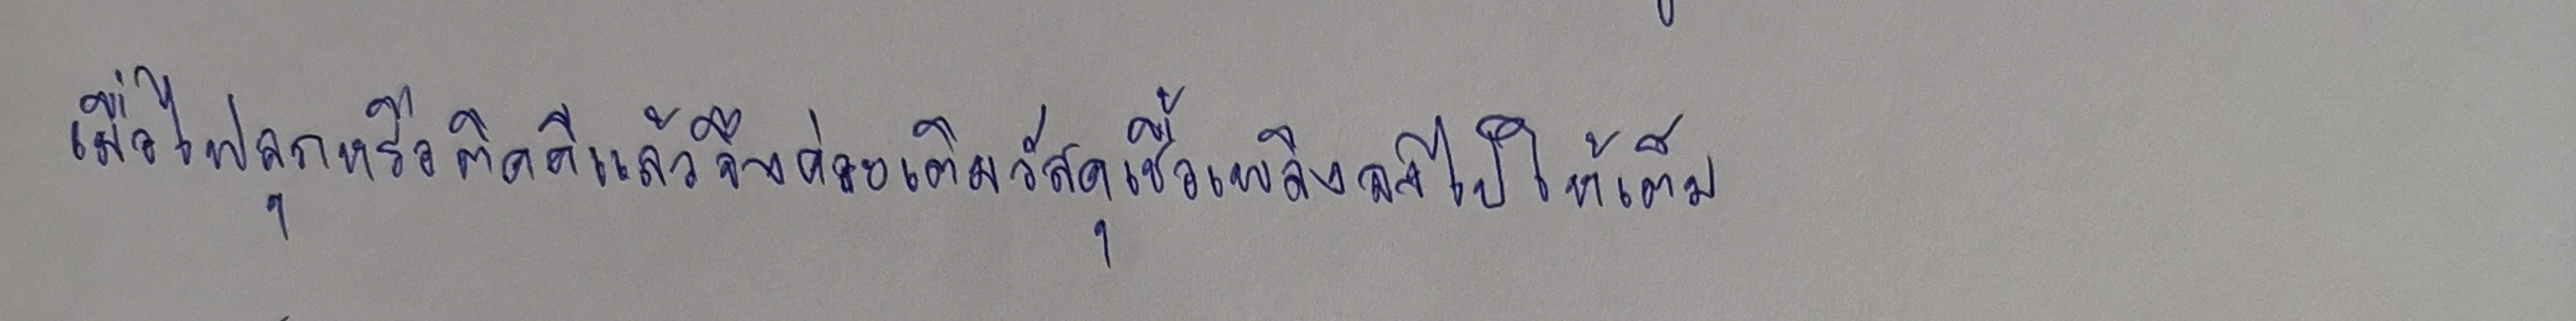
เมื่อไฟลุกหรือติดดีแล้วจึงค่อยเติมวัสดุเชื้อเพลิงลงไปให้เต็ม